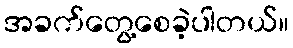
အခက်တွေ့စေခဲ့ပါတယ်။